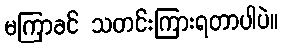
မကြာခင် သတင်းကြားရတာပါပဲ။